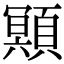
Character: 䫤